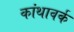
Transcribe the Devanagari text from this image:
कांथावर्क